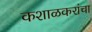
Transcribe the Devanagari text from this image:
कशाळकरांचा